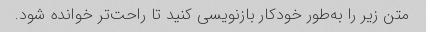
متن زیر را به‌طور خودکار بازنویسی کنید تا راحت‌تر خوانده شود.